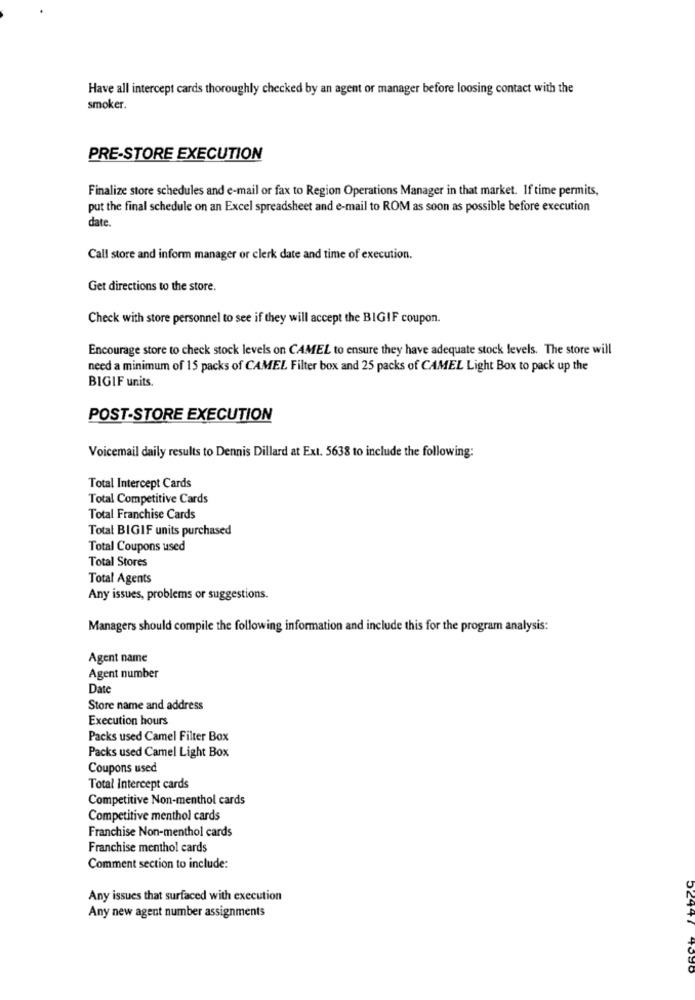
Have all intercept cards thoroughly checked by an agent or manager before loosing contact with the
smoker.
PRE-STORE EXECUTION
Finalize store schedules and e-mail or fax to Region Operations Manager in that market. If time permits,
put the final schedule on an Excel spreadsheet and e-mail to ROM as soon as possible before execution
date
Call store and inform manager or clerk date and time of execution.
Get directions to the store.
Check with store personnel to see if they will accept the BIGIF coupon.
Encourage store to check stock levels on CAMEL to ensure they have adequate stock levels. The store will
need a minimum of 15 packs of CAMEL Filter box and 25 packs of CAMEL Light Box to pack up the
BIGIF units.
POST-STORE EXECUTION
Voicemail daily results to Dennis Dillard at Ext. 5638 to include the following:
Total Intercept Cards
Total Competitive Cards
Total Franchise Cards
Total BIGIF units purchased
Total Coupons used
Total Stores
Total Agents
Any issues, problems or suggestions.
Managers should compile the following information and include this for the program analysis:
Agent name
Agent number
Date
Store name and address
Execution hours
Packs used Camel Filter Box
Packs used Camel Light Box
Coupons used
Total Intercept cards
Competitive Non-menthol cards
Competitive menthol cards
Franchise Non-menthol cards
Franchise menthol cards
Comment section to include:
Any issues that surfaced with execution
Any new agent number assignments
52447 4390